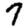
Digit: 7